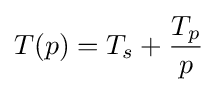
T(p)=T_{s}+{\frac {T_{p}}{p}}